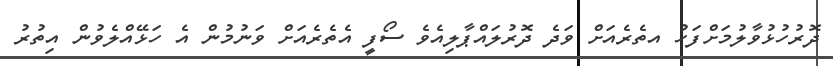
ދޮރުހުޅުވާލުމަށްފަހު އތެރެއަށް ވަދެ ދޮރުލައްޕާލިއެވެ ސޯފީ އެތެރެއަށް ވަނުމުން އެ ހަޅޭއްލެވުން އިތުރު